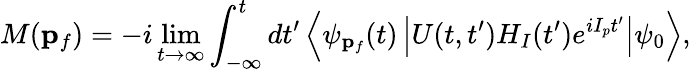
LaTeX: M(\mathbf{p}_{f})=-i\operatorname*{lim}_{t\to\infty}\int_{-\infty}^{t}dt^{\prime}\left<\psi_{\mathbf{p}_{f}}(t)\left|U(t,t^{\prime})H_{I}(t^{\prime})e^{iI_{p}t^{\prime}}\right|\psi_{0}\right>,